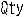
QTY